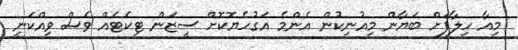
މިއާ ހިލާފަށް ބަޔާން މިއުނިކުން އެންމެ އަގުހެޔޮކޮށް ސީޒަން ޓިކެޓެއް ވެސް ވިއްކަނީ